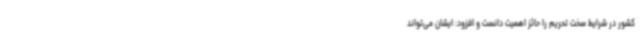
کشور در شرایط سخت تحریم را حائز اهمیت دانست و افزود: ایشان می‌تواند